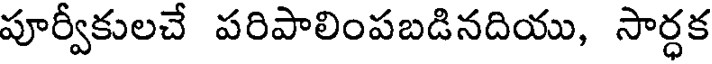
పూర్వీకులచే పరిపాలింపబడినదియు, సార్ధక